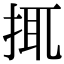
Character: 𢬴